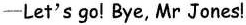
-Let's go! Bye, Mr Jones!